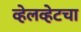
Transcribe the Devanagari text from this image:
व्हेलव्हेटचा